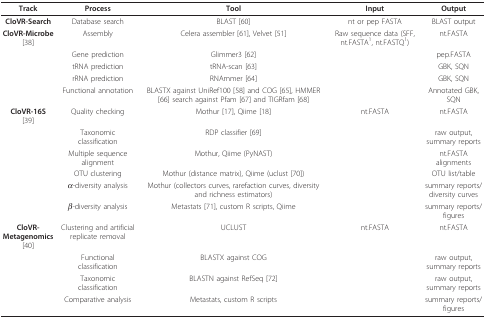
<table><thead><tr><td><b>Track</b></td><td><b>Process</b></td><td><b>Tool</b></td><td><b>Input</b></td><td><b>Output</b></td></tr></thead><tbody><tr><td><b>CloVR-Search</b></td><td>Database search</td><td>BLAST [60]</td><td>nt or pep FASTA</td><td>BLAST output</td></tr><tr><td><b>CloVR-Microbe </b>[38]</td><td>Assembly</td><td>Celera assembler [61], Velvet [51]</td><td>Raw sequence data (SFF, nt.FASTA<sup>1</sup>, nt.FASTQ<sup>1</sup>)</td><td>nt.FASTA</td></tr><tr><td></td><td>Gene prediction</td><td>Glimmer3 [62]</td><td></td><td>pep.FASTA</td></tr><tr><td></td><td>tRNA prediction</td><td>tRNA-scan [63]</td><td></td><td>GBK, SQN</td></tr><tr><td></td><td>rRNA prediction</td><td>RNAmmer [64]</td><td></td><td>GBK, SQN</td></tr><tr><td></td><td>Functional annotation</td><td>BLASTX against UniRef100 [58] and COG [65], HMMER [66] search against Pfam [67] and TIGRfam [68]</td><td></td><td>Annotated GBK, SQN</td></tr><tr><td><b>CloVR-16S</b>[39]</td><td>Quality checking</td><td>Mothur [17], Qiime [18]</td><td>nt.FASTA</td><td>nt.FASTA</td></tr><tr><td></td><td>Taxonomic classification</td><td>RDP classifier [69]</td><td></td><td>raw output, summary reports</td></tr><tr><td></td><td>Multiple sequence alignment</td><td>Mothur, Qiime (PyNAST)</td><td></td><td>nt.FASTA alignments</td></tr><tr><td></td><td>OTU clustering</td><td>Mothur (distance matrix), Qiime (uclust [70])</td><td></td><td>OTU list/table</td></tr><tr><td></td><td><i>α</i>-diversity analysis</td><td>Mothur (collectors curves, rarefaction curves, diversity and richness estimators)</td><td></td><td>summary reports/diversity curves</td></tr><tr><td></td><td><i>β</i>-diversity analysis</td><td>Metastats [71], custom R scripts, Qiime</td><td></td><td>summary reports/figures</td></tr><tr><td><b>CloVR-Metagenomics </b>[40]</td><td>Clustering and artificial replicate removal</td><td>UCLUST</td><td>nt.FASTA</td><td>nt.FASTA</td></tr><tr><td></td><td>Functional classification</td><td>BLASTX against COG</td><td></td><td>raw output, summary reports</td></tr><tr><td></td><td>Taxonomic classification</td><td>BLASTN against RefSeq [72]</td><td></td><td>raw output, summary reports</td></tr><tr><td></td><td>Comparative analysis</td><td>Metastats, custom R scripts</td><td></td><td>summary reports/figures</td></tr></tbody></table>